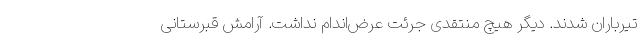
تیرباران شدند. دیگر هیچ مُنتقدی جرئت عرض‌اندام نداشت. آرامش قبرستانی